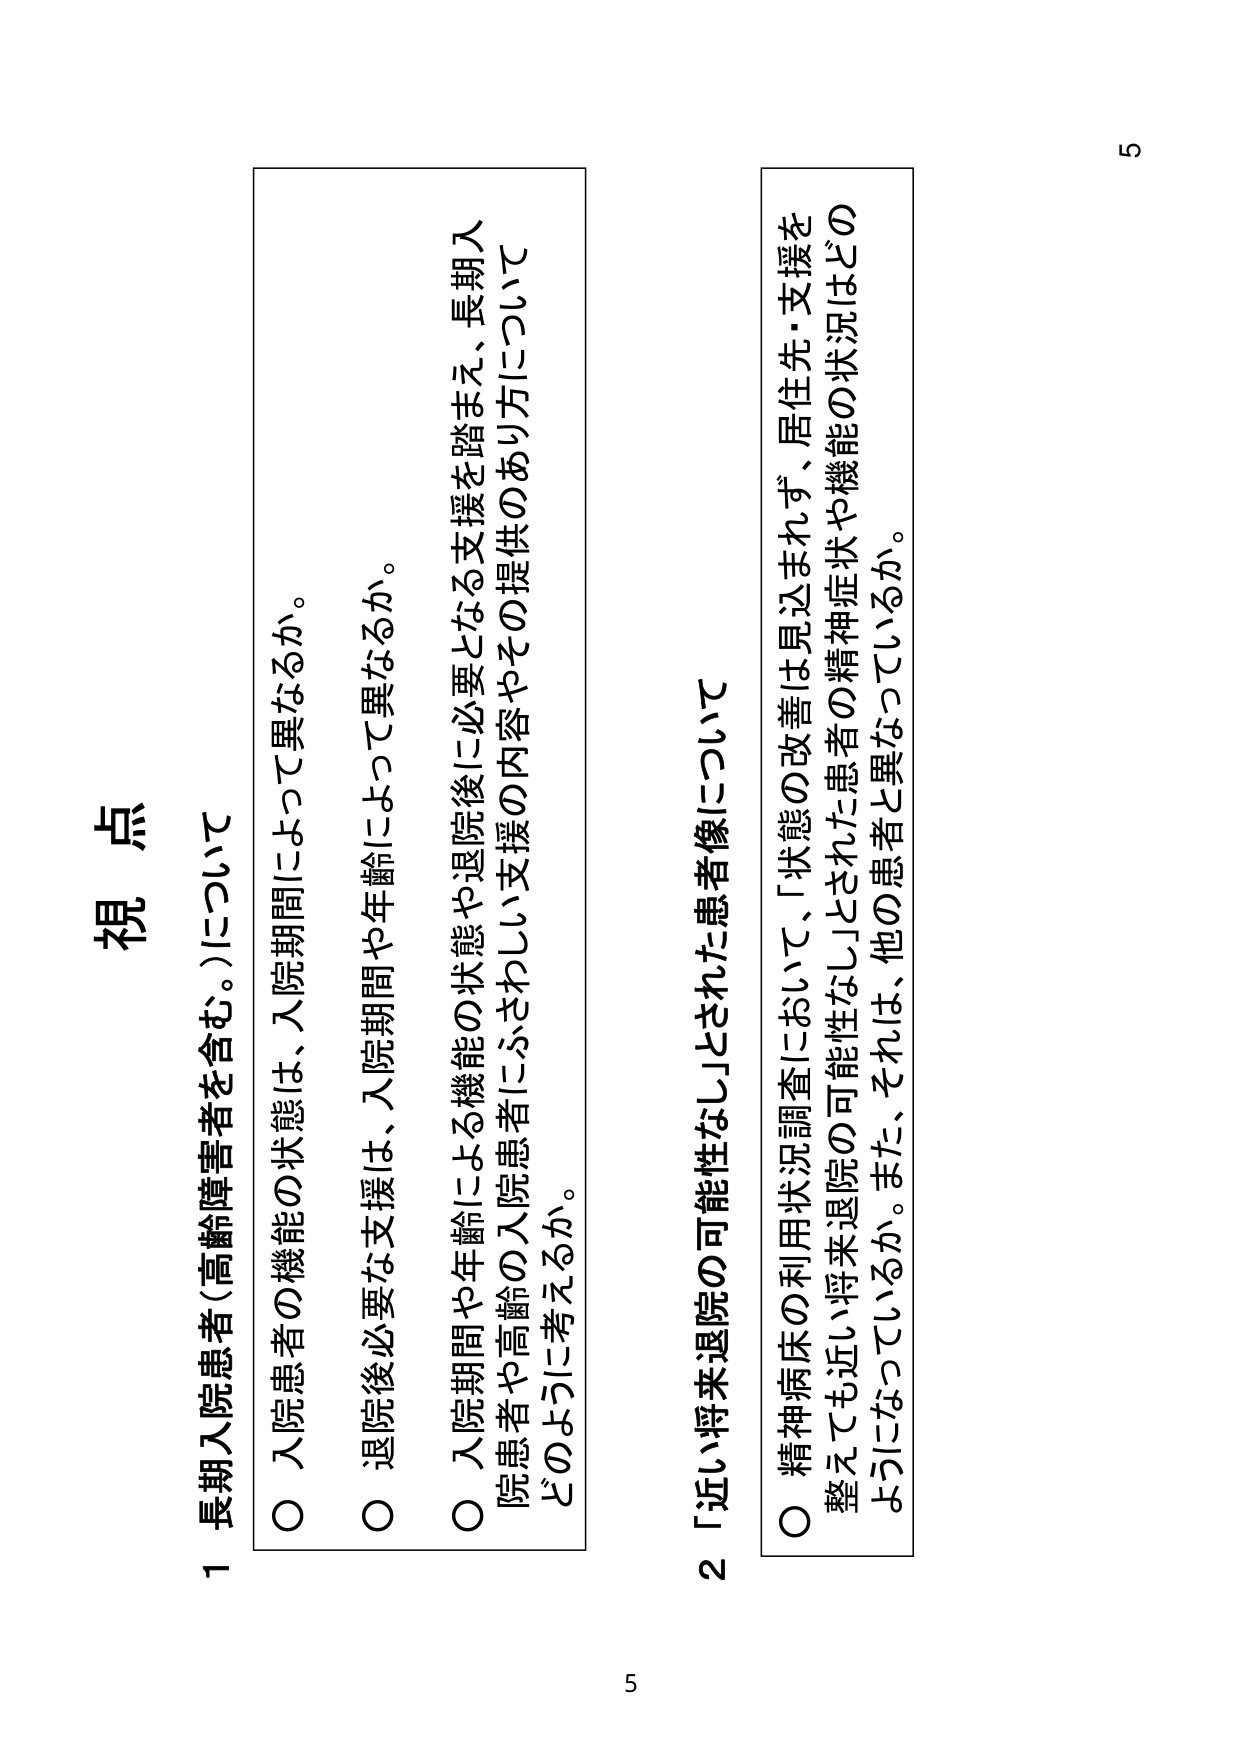
視点

1 長期入院患者（高齢障害者を含む。）について
○ 入院患者の機能の状態は、入院期間によって異なるか。
○ 退院後必要な支援は、入院期間や年齢によって異なるか。
○ 入院期間や年齢による機能の状態や退院後に必要となる支援を踏まえ、長期入院患者や高齢の入院患者にふさわしい支援やその提供のあり方についてどのように考えるか。

2 「近い将来退院の可能性なし」とされた患者像について
○ 精神病床の利用状況調査において、「状態の改善は見込まれず、居住先・支援を整えても近い将来退院の可能性なし」とされた患者の精神症状や機能の状況はどのようにになっているか。また、それは、他の患者と異なっているか。

5
5